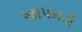
જાપમડી